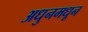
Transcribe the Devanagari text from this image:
अधुनमधून